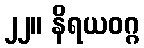
၂၂။ နိရယဝဂ္ဂ